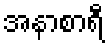
အနာစာရီ